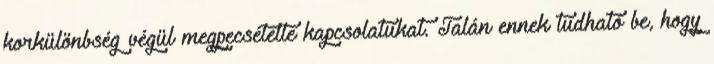
korkülönbség végül megpecsételte kapcsolatukat. Talán ennek tudható be, hogy